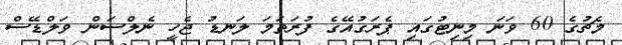
މެޗުގެ 60 ވަނަ މިނިޓުގައި ޕެރަގުއޭގެ ފުރަތަމަ ލަނޑު ޖެހީ ނެލްސަން ވަލްޑޭސް